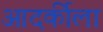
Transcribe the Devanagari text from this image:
आदर्कीला